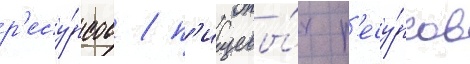
р'есу́рсов / п'ищевы́х р'есу́рсов